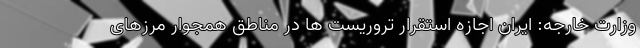
وزارت خارجه: ایران اجازه استقرار تروریست ها در مناطق همجوار مرزهای